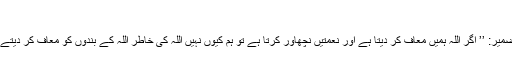
‘‘
ضمیر: ’’ اگر اللہ ہمیں معاف کر دیتا ہے اور نعمتیں نچھاور کرتا ہے تو ہم کیوں نہیں اللہ کی خاطر اللہ کے بندوں کو معاف کر دیتے ۔